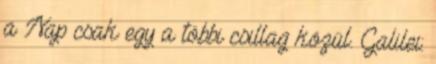
a Nap csak egy a többi csillag közül. Galilei: